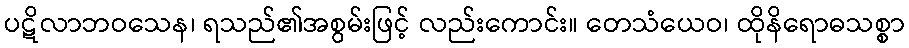
ပဋိလာဘဝသေန၊ ရသည်၏အစွမ်းဖြင့် လည်းကောင်း။ တေသံယေဝ၊ ထိုနိရောဓသစ္စာ